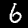
Label: 6